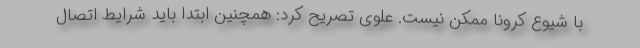
با شیوع کرونا ممکن نیست. علوی تصریح کرد: همچنین ابتدا باید شرایط اتصال